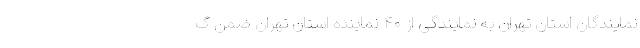
نمایندگان استان تهران به نمایندگی از ۴۰ نماینده استان تهران ضمن گ